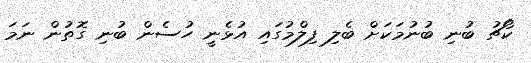
ކޯޗު ބުނި ބުނުމަކަށް ބެލި ފިލްމުގައި އުޅެނީ ހުސެން ބުނި ގޮތުން ނަމަ